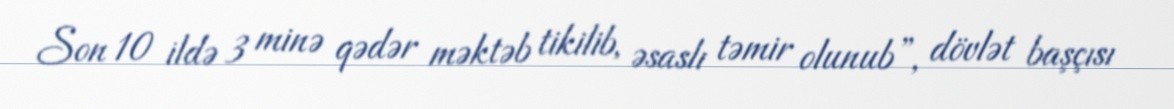
Son 10 ildə 3 minə qədər məktəb tikilib, əsaslı təmir olunub”, dövlət başçısı